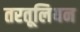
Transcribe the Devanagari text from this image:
तरतूलियन